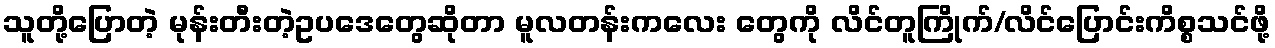
သူတို့ပြောတဲ့ မုန်းတီးတဲ့ဥပဒေတွေဆိုတာ မူလတန်းကလေး တွေကို လိင်တူကြိုက်/လိင်ပြောင်းကိစ္စသင်ဖို့